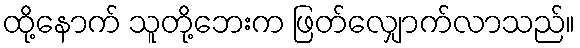
ထို့နောက် သူတို့ဘေးက ဖြတ်လျှောက်လာသည်။